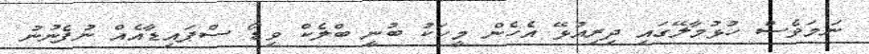
ނަމަވެސް ހުޅުމާލޭގައި ދިރިއުޅޭ އެހެން މީހަކު ބުނީ ބްލެކް ވިޑޯ ސްޕައިޑާއެއް ނުފެނުނު